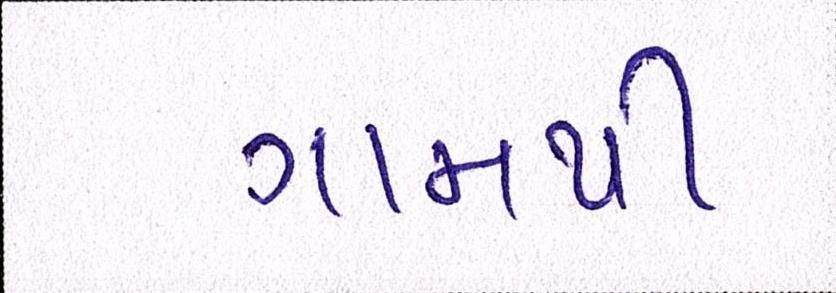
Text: ગામથી